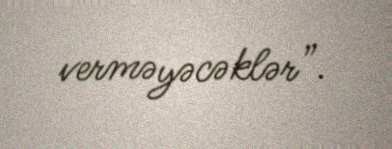
verməyəcəklər”.